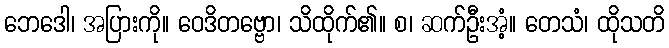
ဘေဒေါ၊ အပြားကို။ ဝေဒိတဗ္ဗော၊ သိထိုက်၏။ စ၊ ဆက်ဦးအံ့။ တေသံ၊ ထိုသတိ